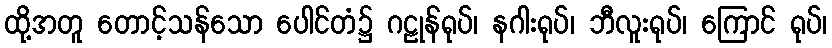
ထို့အတူ တောင့်သန်သော ပေါင်တံ၌ ဂဠုန်ရုပ်၊ နဂါးရုပ်၊ ဘီလူးရုပ်၊ ကြောင် ရုပ်၊